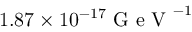
1 . 8 7 \times 1 0 ^ { - 1 7 } \mathrm { ~ G ~ e ~ V ~ } ^ { - 1 }